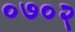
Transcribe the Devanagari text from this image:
०७०२